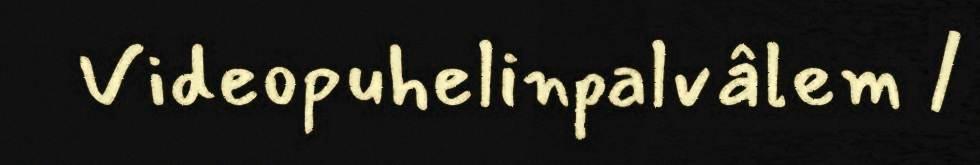
Videopuhelinpalvâlem /